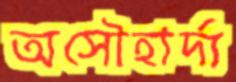
অসৌহার্দ্য